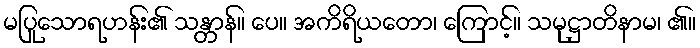
မပြုသောရဟန်း၏ သန္တာန်။ ပေ။ အကိရိယတော၊ ကြောင့်။ သမုဋ္ဌာတိနာမ၊ ၏။